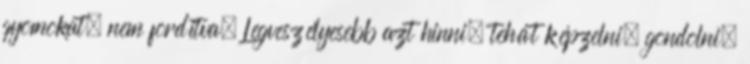
gyomokat, nem fordítva. Legveszélyesebb azt hinni, tehát képzelni, gondolni,